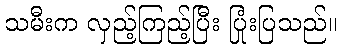
သမီးက လှည့်ကြည့်ပြီး ပြုံးပြသည်။